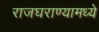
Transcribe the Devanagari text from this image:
राजघराण्यामध्ये